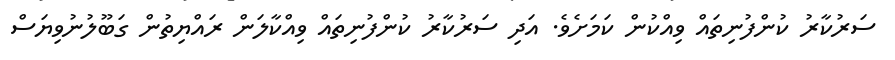
ސަރުކާރު ކުންފުނިތައް ވިއްކުން ކަމަށެވެ. އަދި ސަރުކާރު ކުންފުނިތައް ވިއްކާލަން ރައްޔިތުން ގަބޫލުނުވިޔަސް